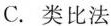
C.类比法